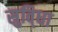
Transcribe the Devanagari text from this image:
सुवि्धा